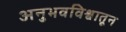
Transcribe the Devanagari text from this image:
अनुभवविश्वातून